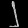
Digit: ၂